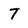
Character: 7